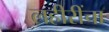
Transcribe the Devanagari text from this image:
लहीरींचा